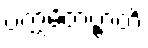
ပက္ကမိတဗ္ဗာတိ